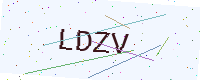
Text: LDZV